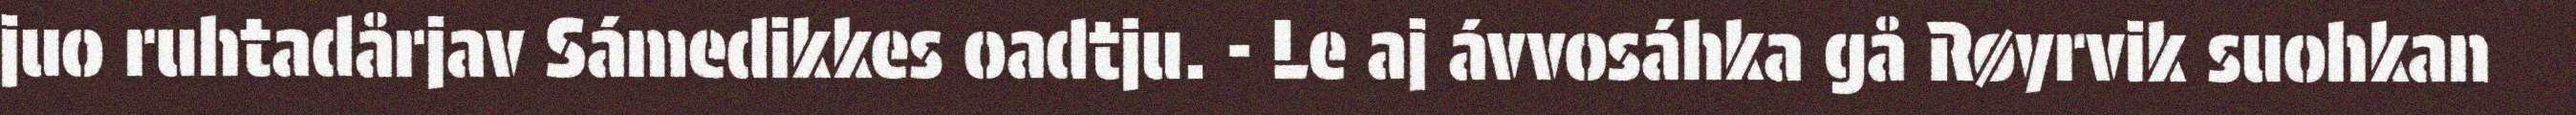
juo ruhtadårjav Sámedikkes oadtju. - Le aj ávvosáhka gå Røyrvik suohkan